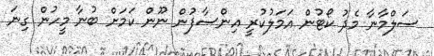
ސަލްމާނާ މެދު ކޯޓުން އަމަލުކުރީ އިންސާފުން ނޫން ކަމަށް ބުނާ މީހުން ގިނަ